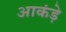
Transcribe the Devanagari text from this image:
आकंड़े